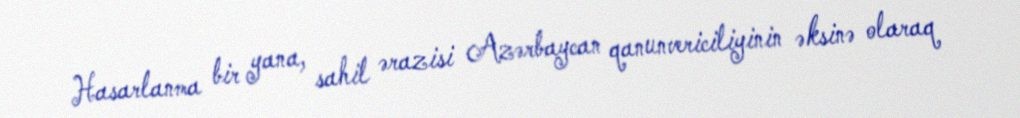
Hasarlanma bir yana, sahil ərazisi Azərbaycan qanunvericiliyinin əksinə olaraq